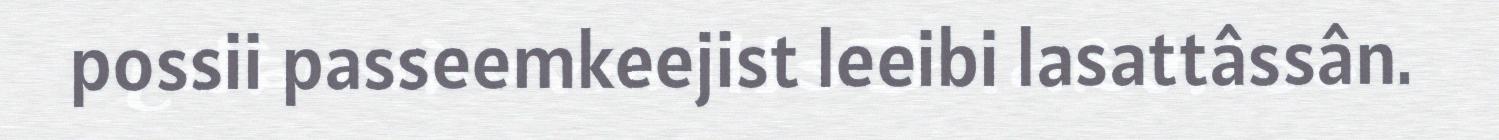
possii passeemkeejist leeibi lasattâssân.